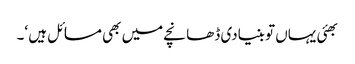
بھئی یہاں تو بنیادی ڈھانچے میں بھی مسائل ہیں ‘۔